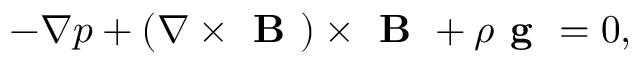
- \nabla p + ( \nabla \times \textbf { B } ) \times \textbf { B } + \rho \textbf { g } = 0 ,